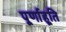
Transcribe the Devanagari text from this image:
पूर्णाहूति